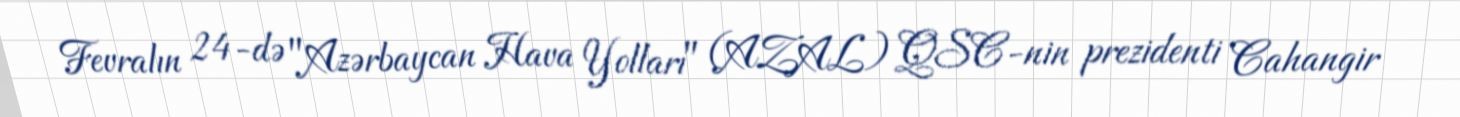
Fevralın 24-də "Azərbaycan Hava Yolları" (AZAL) QSC-nin prezidenti Cahangir